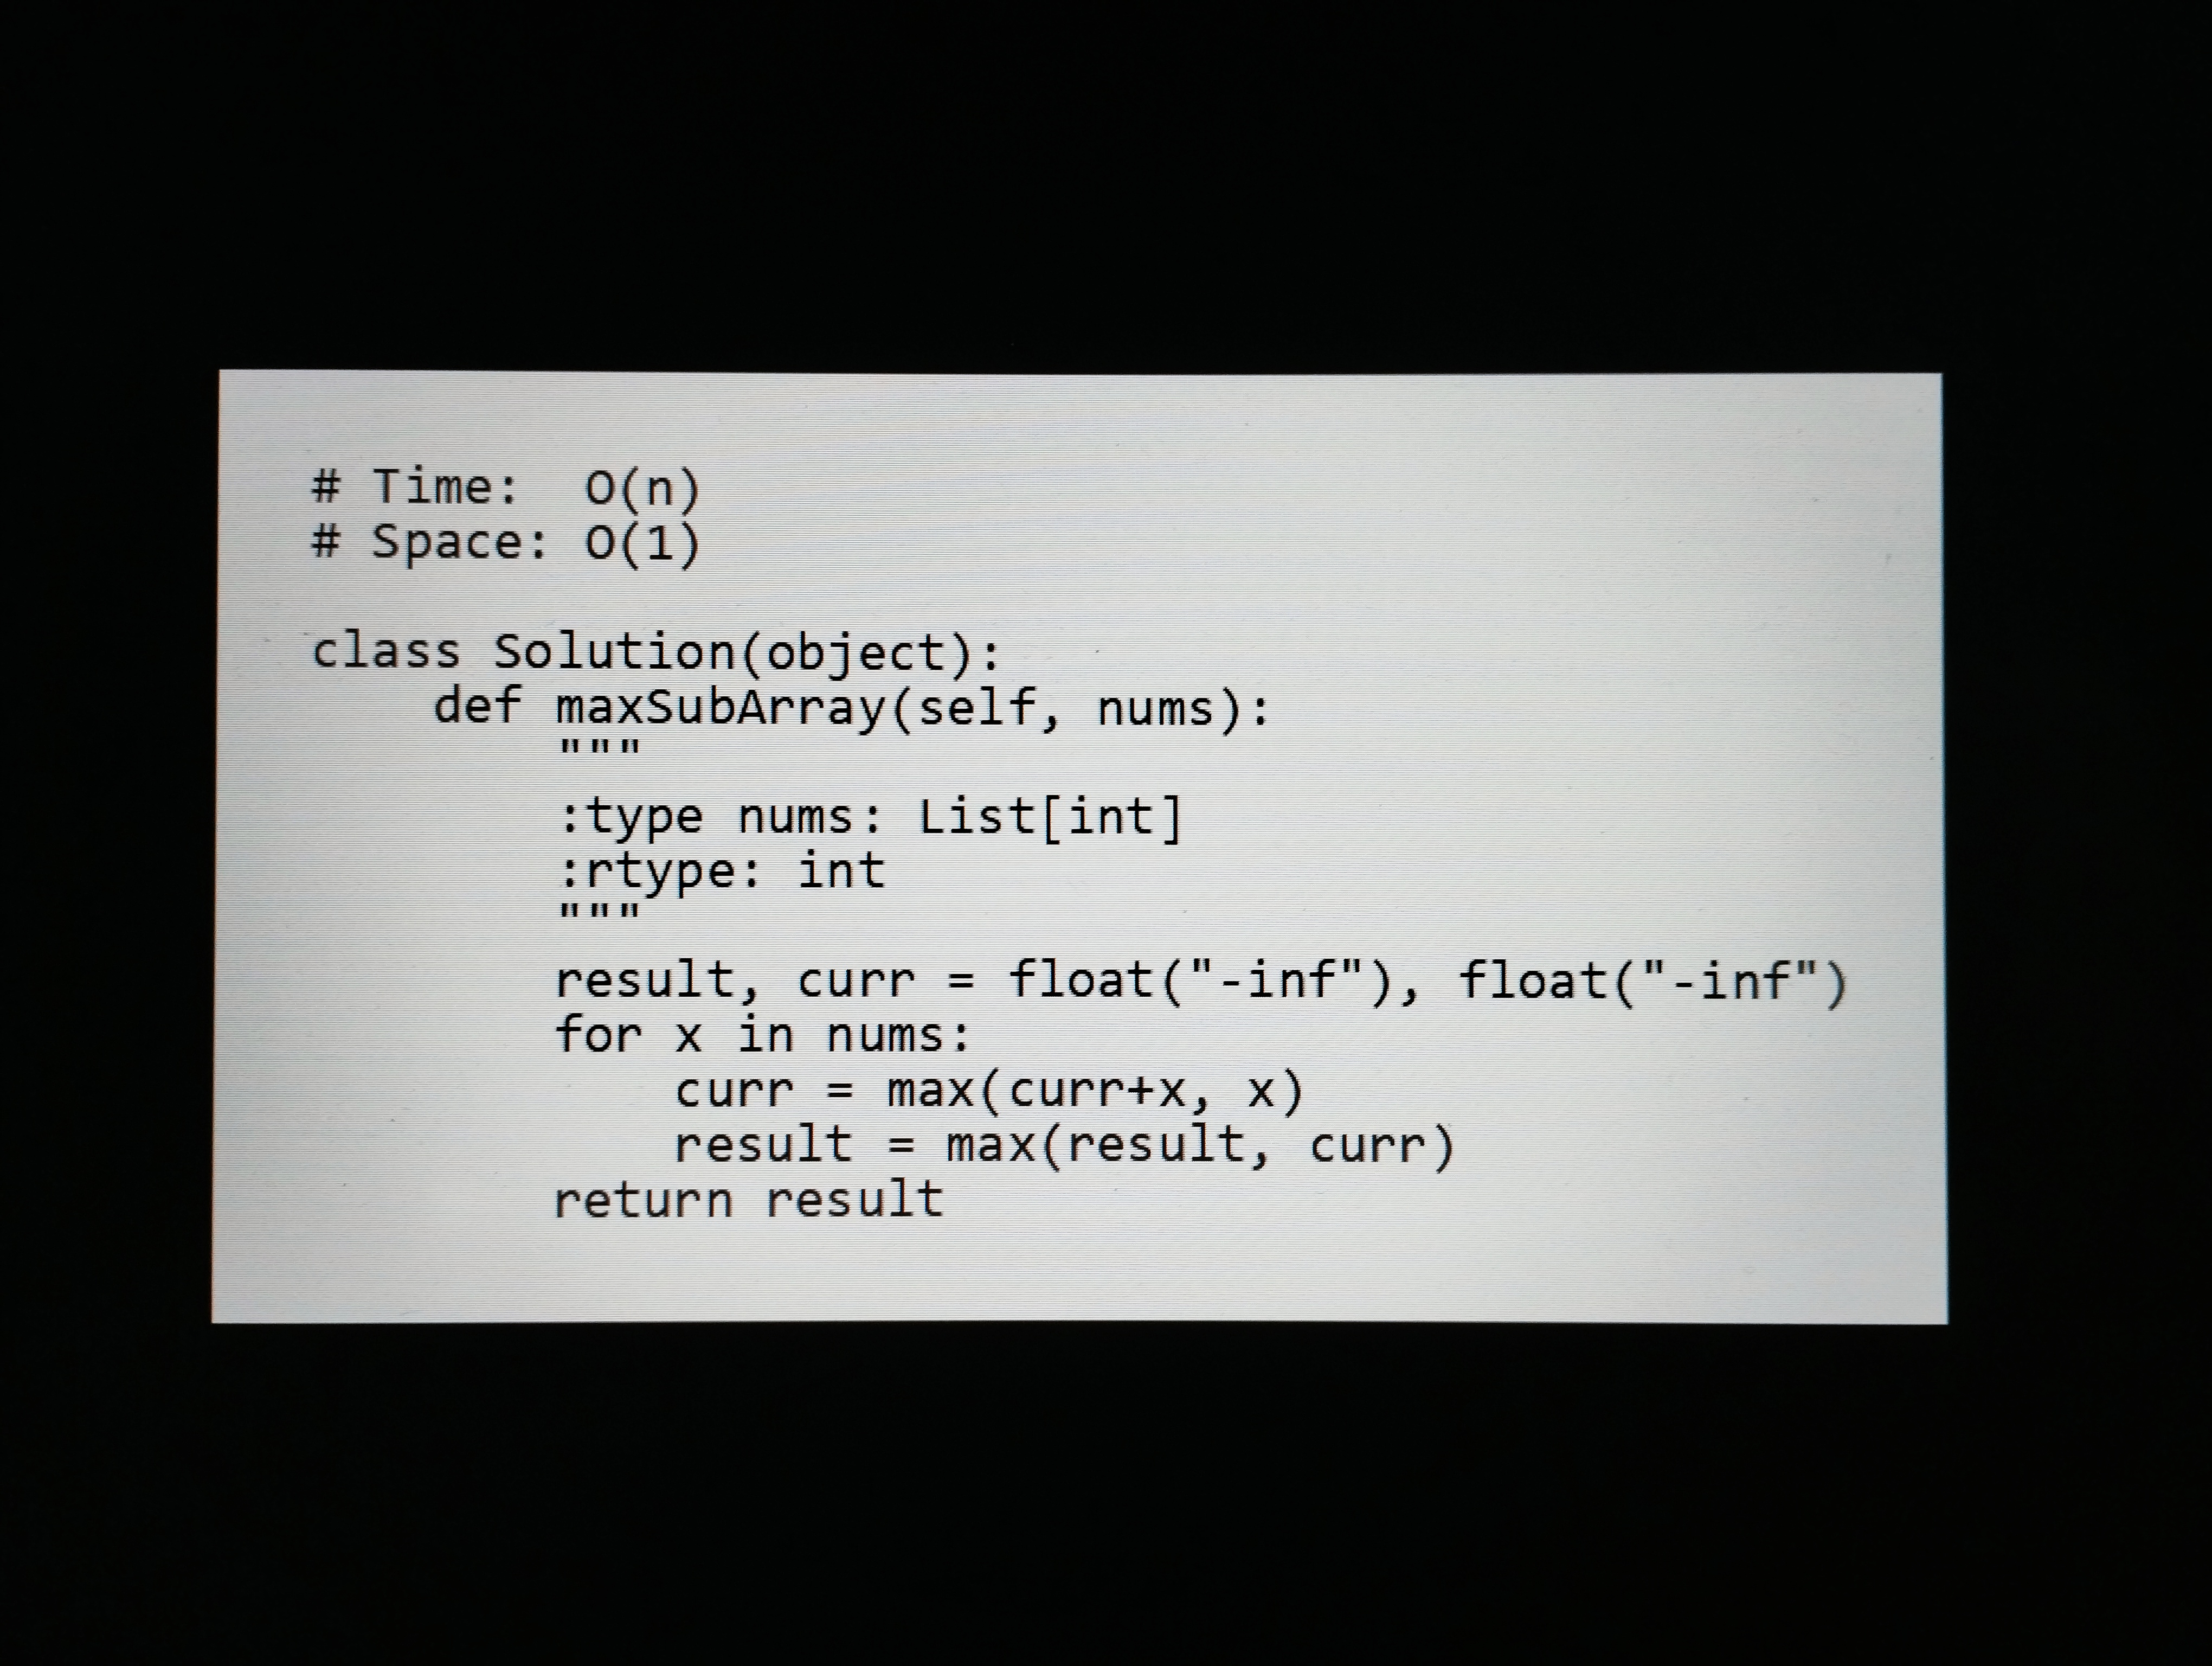
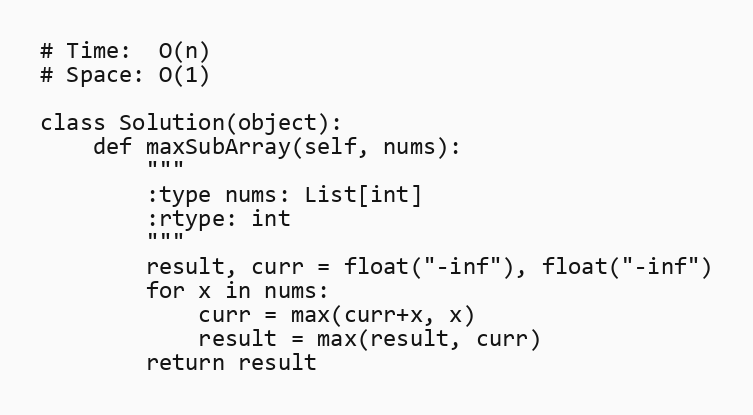
# Time:  O(n)
# Space: O(1)

class Solution(object):
    def maxSubArray(self, nums):
        """
        :type nums: List[int]
        :rtype: int
        """
        result, curr = float("-inf"), float("-inf")
        for x in nums:
            curr = max(curr+x, x)
            result = max(result, curr)
        return result